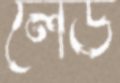
লেড